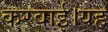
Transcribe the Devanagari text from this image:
करवाई।यह